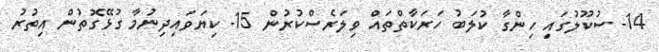
14- ސުކޫލުގައި ހިންގާ ކުލަބު ހަރަކާތްތައް ވިލަރެސްކުރުން 15- ކިޔަވައިދިނުމާ ގުޅޭގޮތުން އިތުރު